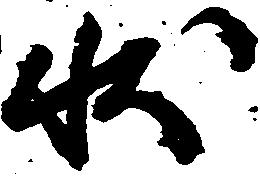
状